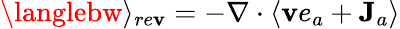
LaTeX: \langlebw\rangle_{re\mathbf{v}}=-\nabla\cdot\langle{\mathbf{\mathbf{v}}}e_{a}+{\mathbf{J}}_{a}\rangle